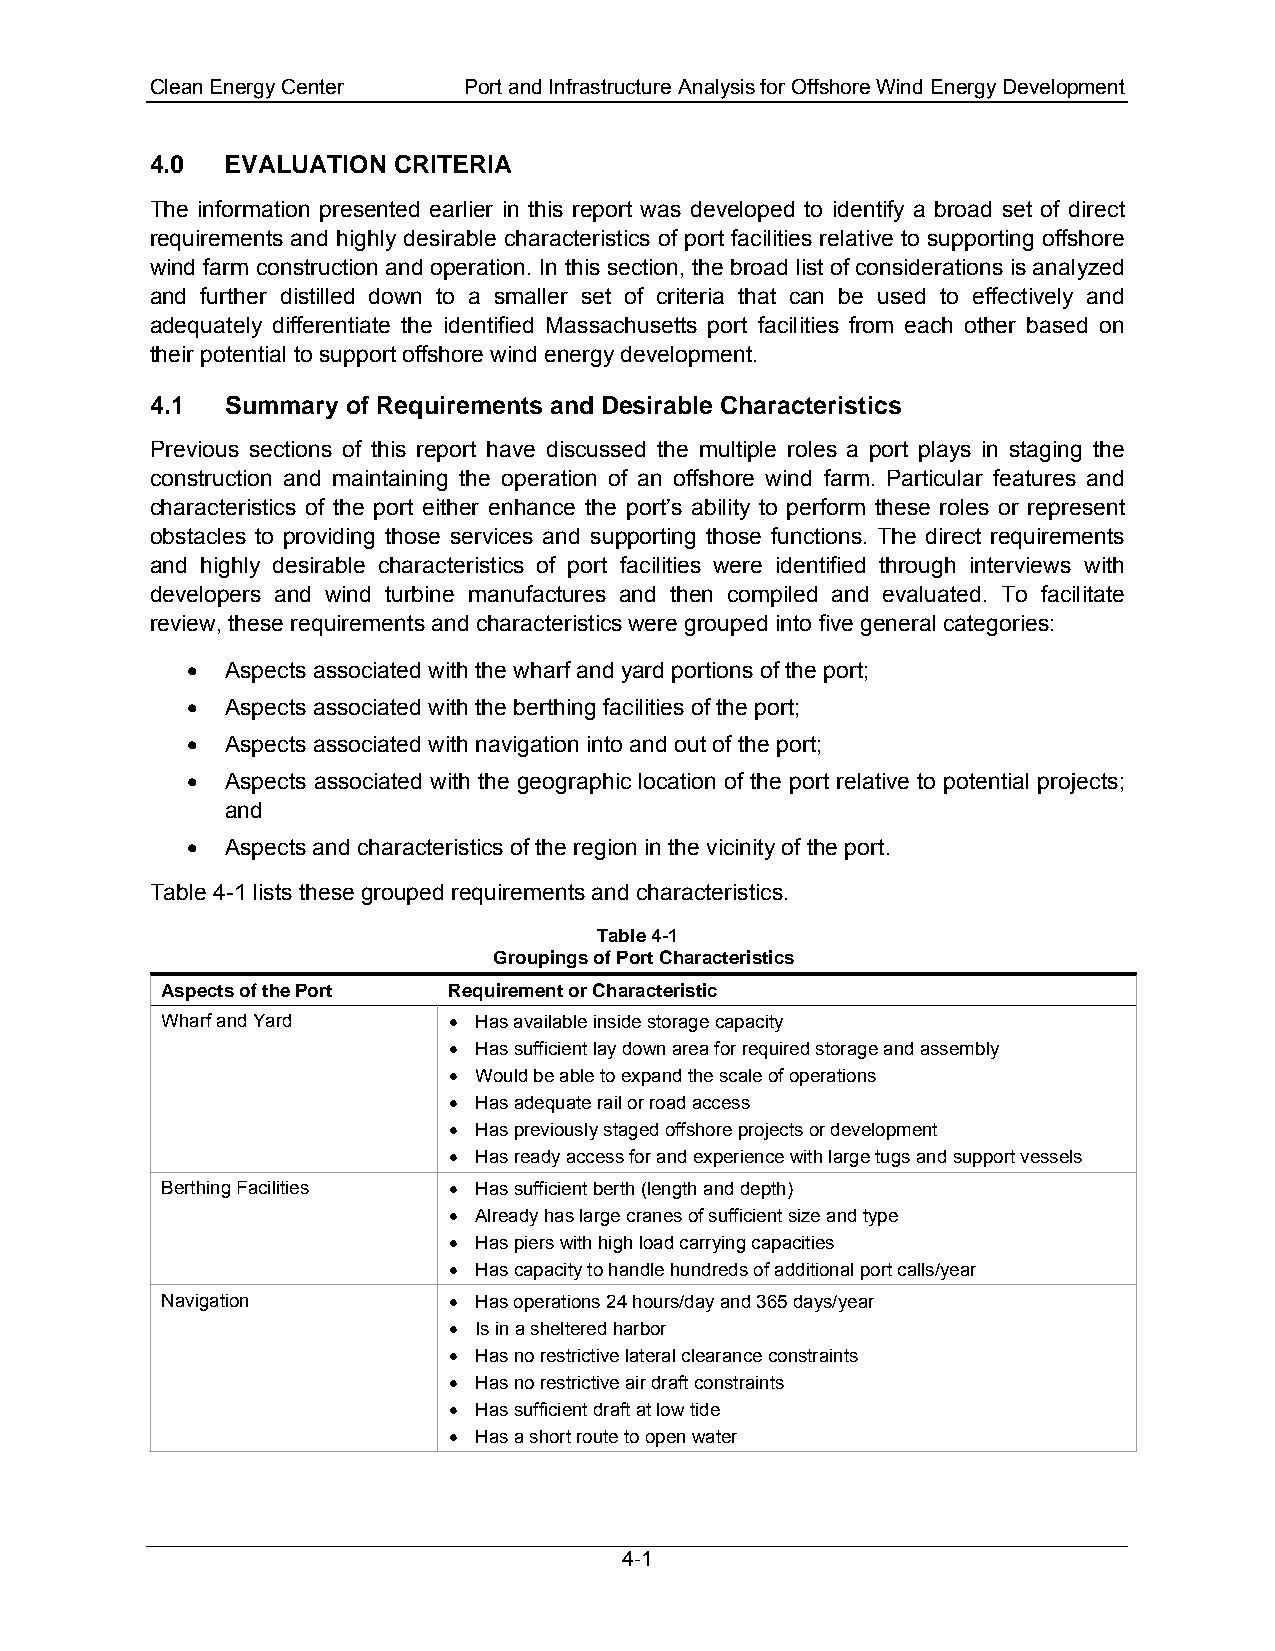
Clean Energy Center  Port and Infrastructure Analysis for Offshore Wind Energy Development
 4.0  EVALUATION CRITERIA
 The information presented earlier in this report was developed to identify a broad set of direct
 requirements and highly desirable characteristics of port facilities relative to supporting offshore
 wind farm construction and operation. In this section, the broad list of considerations is analyzed
 and further distilled down to a smaller set of criteria that can be used to effectively and
 adequately differentiate the identified Massachusetts port facilities from each other based on
 their potential to support offshore wind energy development.
 4.1  Summary of Requirements and Desirable Characteristics
 Previous sections of this report have discussed the multiple roles a port plays in staging the
 construction and maintaining the operation of an offshore wind farm. Particular features and
 characteristics of the port either enhance the port’s ability to perform these roles or represent
 obstacles to providing those services and supporting those functions. The direct requirements
 and highly desirable characteristics of port facilities were identified through interviews with
 developers and wind turbine manufactures and then compiled and evaluated. To facilitate
 review, these requirements and characteristics were grouped into five general categories:
 •  Aspects associated with the wharf and yard portions of the port;
 •  Aspects associated with the berthing facilities of the port;
 •  Aspects associated with navigation into and out of the port;
 •  Aspects associated with the geographic location of the port relative to potential projects;
 and
 •  Aspects and characteristics of the region in the vicinity of the port.
 Table 4-1 lists these grouped requirements and characteristics.
 Table 4-1
 Groupings of Port Characteristics
 Aspects of the Port Requirement or Characteristic
 Wharf and Yard     • Has available inside storage capacity
 • Has sufficient lay down area for required storage and assembly
 • Would be able to expand the scale of operations
 • Has adequate rail or road access
 • Has previously staged offshore projects or development
 • Has ready access for and experience with large tugs and support vessels
 Berthing Facilities • Has sufficient berth (length and depth)
 • Already has large cranes of sufficient size and type
 • Has piers with high load carrying capacities
 • Has capacity to handle hundreds of additional port calls/year
 Navigation         • Has operations 24 hours/day and 365 days/year
 • Is in a sheltered harbor
 • Has no restrictive lateral clearance constraints
 • Has no restrictive air draft constraints
 • Has sufficient draft at low tide
 • Has a short route to open water
 4-1